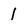
Character: 1